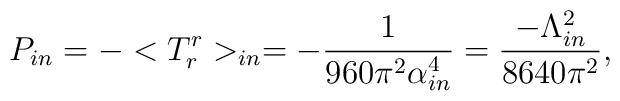
P_{in}=-< T^{r}_{r}>_{in}=-\frac{1}{960\pi^{2}\alpha^{4}_{in}}=\frac{-\Lambda_{in}^{2}}{8640 \pi^{2}},